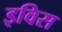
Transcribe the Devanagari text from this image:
इविस